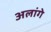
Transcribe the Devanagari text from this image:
अलांगे